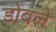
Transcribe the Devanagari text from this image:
डोबले